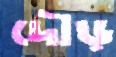
দৌড়